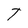
Character: T